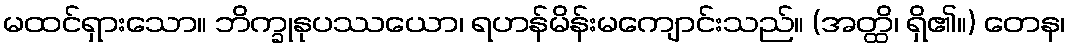
မထင်ရှားသော။ ဘိက္ခုနုပဿယော၊ ရဟန်မိန်းမကျောင်းသည်။ (အတ္ထိ၊ ရှိ၏။) တေန၊